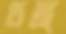
ঢঙ্গ